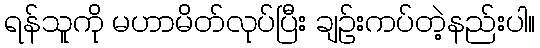
ရန်သူကို မဟာမိတ်လုပ်ပြီး ချဉ်းကပ်တဲ့နည်းပါ။